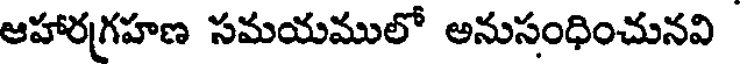
ఆహారగ్రహణ సమయములో అనుసంధించునవి